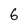
Character: 6